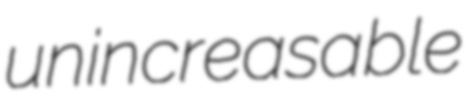
unincreasable